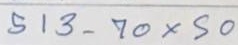
513 - 70 x 50